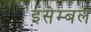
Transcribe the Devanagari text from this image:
इंसेम्बल